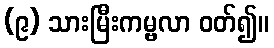
(၉) သားမြီးကမ္ဗလာ ဝတ်၍။